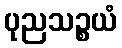
ပုညသဉ္စယံ